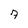
Character: 7